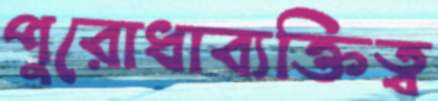
পুরোধাব্যক্তিত্ব